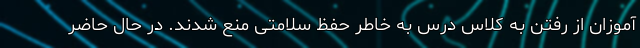
آموزان از رفتن به کلاس درس به خاطر حفظ سلامتی منع شدند. در حال حاضر